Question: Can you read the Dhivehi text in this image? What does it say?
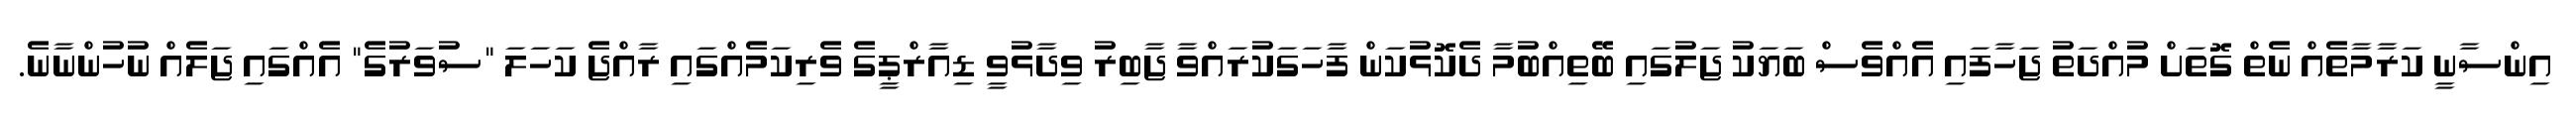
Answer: އިންސާނީ ކަރާމާތެއް ނެތް ގޮތަށް މުއްދަތު ޖަހާފައި އެއްވެސް ބަޔަކު ޖަލުގައި ބޭތިއްބުމާ ދެކޮޅުކަން ފާހަގަކުރައްވާ ޖާބިރު ވިދާޅުވީ ޑިއާރްޕީގެ ވެރިކަމެއްގައި ރާއްޖެ ކަހަލަ "ސުވަރުގެ" އެއްގައި ޖަލެއް ނުހުންނާނެ.